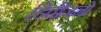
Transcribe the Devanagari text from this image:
डिवीजनो